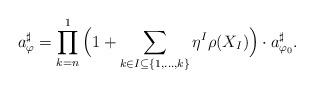
LaTeX: \begin{align*}a_{\varphi}^\sharp = \prod_{k = n}^1 \Big(1 + \sum_{k\in I \subseteq\{1, \ldots, k\}} \eta^I \rho(X_I)\Big)\cdot a_{\varphi_0}^\sharp.\end{align*}